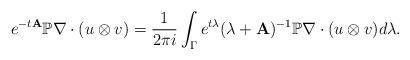
LaTeX: \begin{align*}e^{-t{\bf A}} \mathbb{P}\nabla \cdot (u\otimes v ) = \frac{1}{2\pi i} \int_\Gamma e^{t\lambda} (\lambda+{\bf A})^{-1} \mathbb{P}\nabla \cdot (u\otimes v) d\lambda.\end{align*}